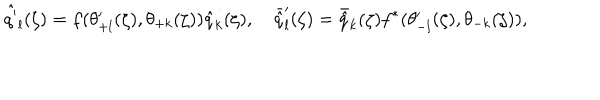
{ \hat { q ^ { \prime } } } _ { l } ( \zeta ) = f ( \theta _ { + l } ^ { \prime } ( \zeta ) , \theta _ { + k } ( \zeta ) ) { \hat { q } } _ { k } ( \zeta ) , \quad { \bar { \hat { q } } } _ { l } ^ { \prime } ( \zeta ) = { \bar { \hat { q } } } _ { k } ( \zeta ) f ^ { * } ( \theta _ { - l } ^ { \prime } ( \zeta ) , \theta _ { - k } ( \zeta ) ) ,